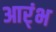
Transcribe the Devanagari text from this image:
आर्ंभ